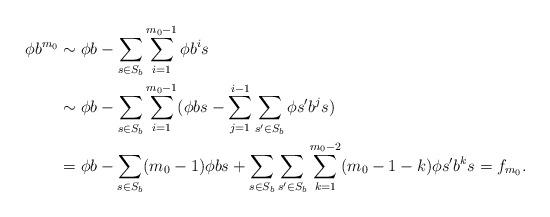
LaTeX: \begin{align*}\phi b^{m_0}&\sim \phi b-\sum_{s\in S_b}\sum_{i=1}^{m_0-1}\phi b^is\\&\sim \phi b-\sum_{s\in S_b}\sum_{i=1}^{m_0-1}(\phi bs -\sum_{j=1}^{i-1}\sum_{s'\in S_b} \phi s'b^js)\\&=\phi b-\sum_{s\in S_b}(m_0-1)\phi bs +\sum_{s\in S_b}\sum_{s'\in S_b}\sum_{k=1}^{m_0-2} (m_0-1-k)\phi s'b^ks=f_{m_0}.\end{align*}